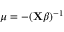
\mu = - ( \mathbf { X } { \boldsymbol { \beta } } ) ^ { - 1 } \,